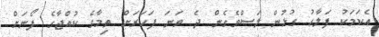
އެކަމަކު ފަލާހު ގުޅުން ލަސްވެގެން ދެ ވަނަ ފަހަރަށް ތިމާގެ ކުއްޖާގެ ފޯނަށް